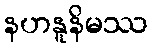
နဟနူနိမဿ